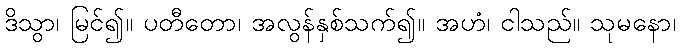
ဒိသွာ၊ မြင်၍။ ပတီတော၊ အလွန်နှစ်သက်၍။ အဟံ၊ ငါသည်။ သုမနော၊